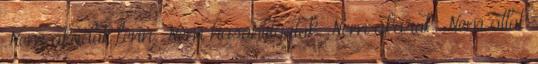
Nem akadok fenn. Nem hasonlítgatok. Nem akarok. Nem állok